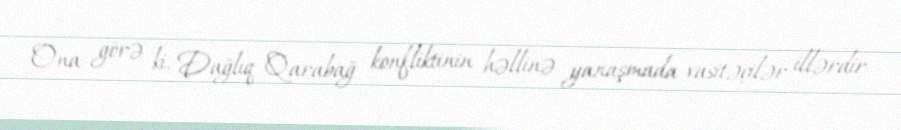
Ona görə ki, Dağlıq Qarabağ konfliktinin həllinə yanaşmada vasitəçilər illərdir